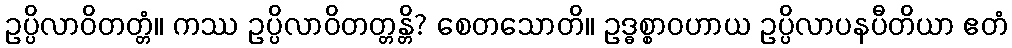
ဥပ္ပိလာဝိတတ္တံ။ ကဿ ဥပ္ပိလာဝိတတ္တန္တိ? စေတသောတိ။ ဥဒ္ဓစ္စာဝဟာယ ဥပ္ပိလာပနပီတိယာ ဧတံ